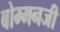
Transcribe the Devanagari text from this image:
बोम्मनजी